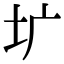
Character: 圹